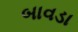
બાવડા